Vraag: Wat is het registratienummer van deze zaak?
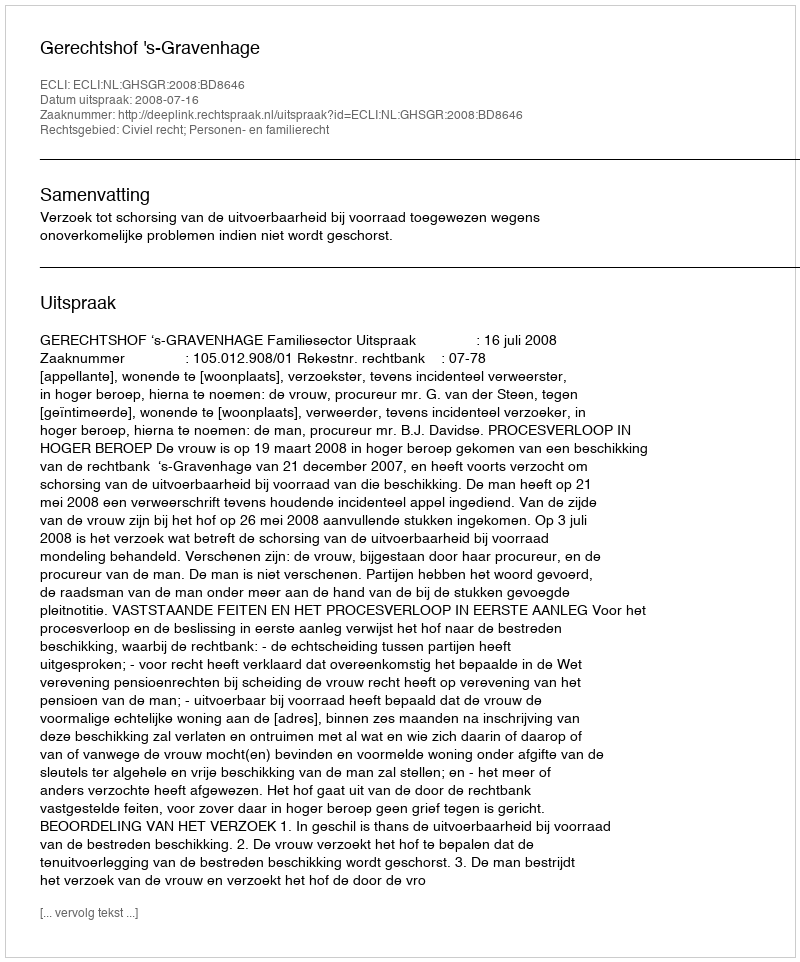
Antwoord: http://deeplink.rechtspraak.nl/uitspraak?id=ECLI:NL:GHSGR:2008:BD8646